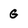
Character: G